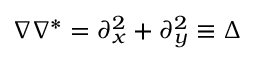
\nabla \nabla ^ { * } = \partial _ { x } ^ { 2 } + \partial _ { y } ^ { 2 } \equiv \Delta